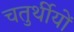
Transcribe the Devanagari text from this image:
चतुर्थीयों